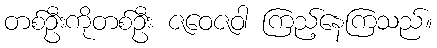
တစ်ဦးကိုတစ်ဦး ဇဝေဇဝါ ကြည့်နေကြသည်။